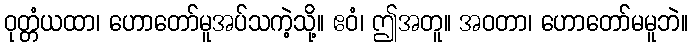
ဝုတ္တံယထာ၊ ဟောတော်မူအပ်သကဲ့သို့။ ဧဝံ၊ ဤအတူ။ အဝတာ၊ ဟောတော်မမူဘဲ။